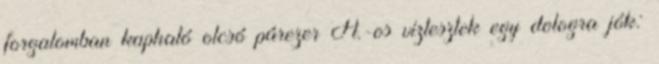
forgalomban kapható olcsó párezer Ft.-os víztesztek egy dologra jók: